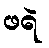
ဖရဲ